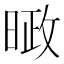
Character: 𪰱